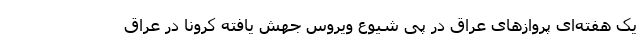
یک هفته‌ای پروازهای عراق در پی شیوع ویروس جهش یافته کرونا در عراق